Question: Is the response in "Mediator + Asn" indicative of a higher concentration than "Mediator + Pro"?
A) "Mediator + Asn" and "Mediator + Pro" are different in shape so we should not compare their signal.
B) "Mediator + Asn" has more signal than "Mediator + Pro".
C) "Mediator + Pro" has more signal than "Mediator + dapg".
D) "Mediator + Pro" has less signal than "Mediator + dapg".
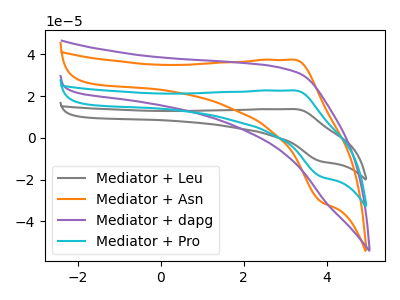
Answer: <think>The gray curve "Mediator + Leu" has an anodic peak at (3.25V, 45.40uA) and a cathodic peak at (3.85V, -37.00uA). The orange curve "Mediator + Asn" has an anodic peak at (3.25V, 37.40uA) and a cathodic peak at (3.85V, -30.50uA). The purple curve "Mediator + dapg" has no peaks. The cyan curve "Mediator + Pro" has an anodic peak at (3.25V, 22.70uA) and a cathodic peak at (3.85V, -18.50uA).
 All the peaks in "Mediator + Asn" have a peak in "Mediator + Pro" at the same potential. Every peak in "Mediator + Asn" is higher than every peak in "Mediator + Pro".</think>
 <answer>B) "Mediator + Asn" has more signal than "Mediator + Pro".</answer>
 <eval>B</eval>